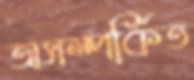
অসম্পর্কিত